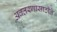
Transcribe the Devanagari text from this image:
अवतरणासाठीते